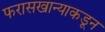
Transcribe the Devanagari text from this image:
फरासखान्याकडून